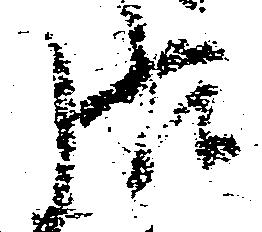
張